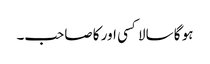
ہو گا سالا کسی اور کا صاحب۔